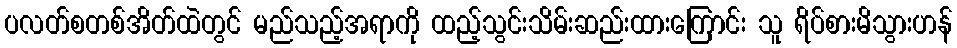
ပလတ်စတစ်အိတ်ထဲတွင် မည်သည့်အရာကို ထည့်သွင်းသိမ်းဆည်းထားကြောင်း သူ ရိပ်စားမိသွားဟန်